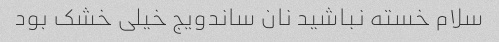
سلام خسته نباشید نان ساندویج خیلی خشک بود